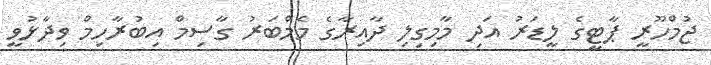
ޖުމްހޫރީ ޕާޓީގެ ލީޑަރު އަދި މާމިގިލި ދާއިރާގެ މެމްބަރު ގާސިމް އިބުރާހިމް ވިދާޅުވީ